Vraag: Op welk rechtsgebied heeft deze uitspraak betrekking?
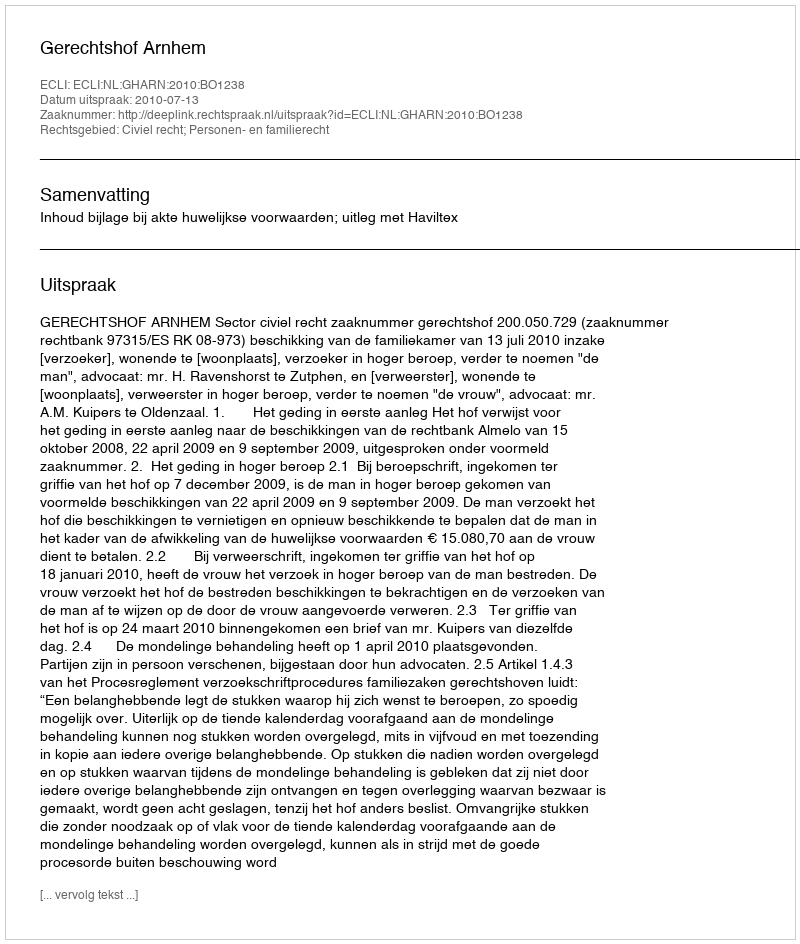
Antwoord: Civiel recht; Personen- en familierecht